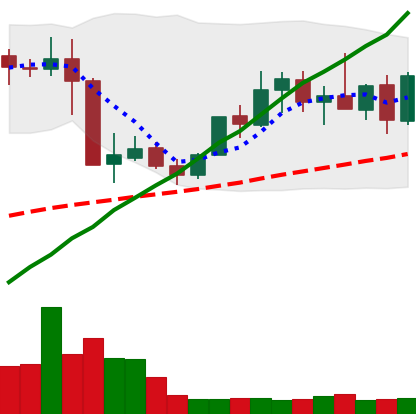
Ticker: XMR-USD
Chart end date: 2019-05-10
Forward return: 38.21%
Label: up_7plus